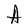
Character: A